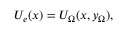
U _ { e } ( x ) = U _ { \Omega } ( x , y _ { \Omega } ) ,